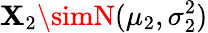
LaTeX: \mathbf{X}_{2}\simN(\mu_{2},\sigma_{2}^{2})